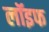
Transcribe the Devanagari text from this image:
लॉइफ